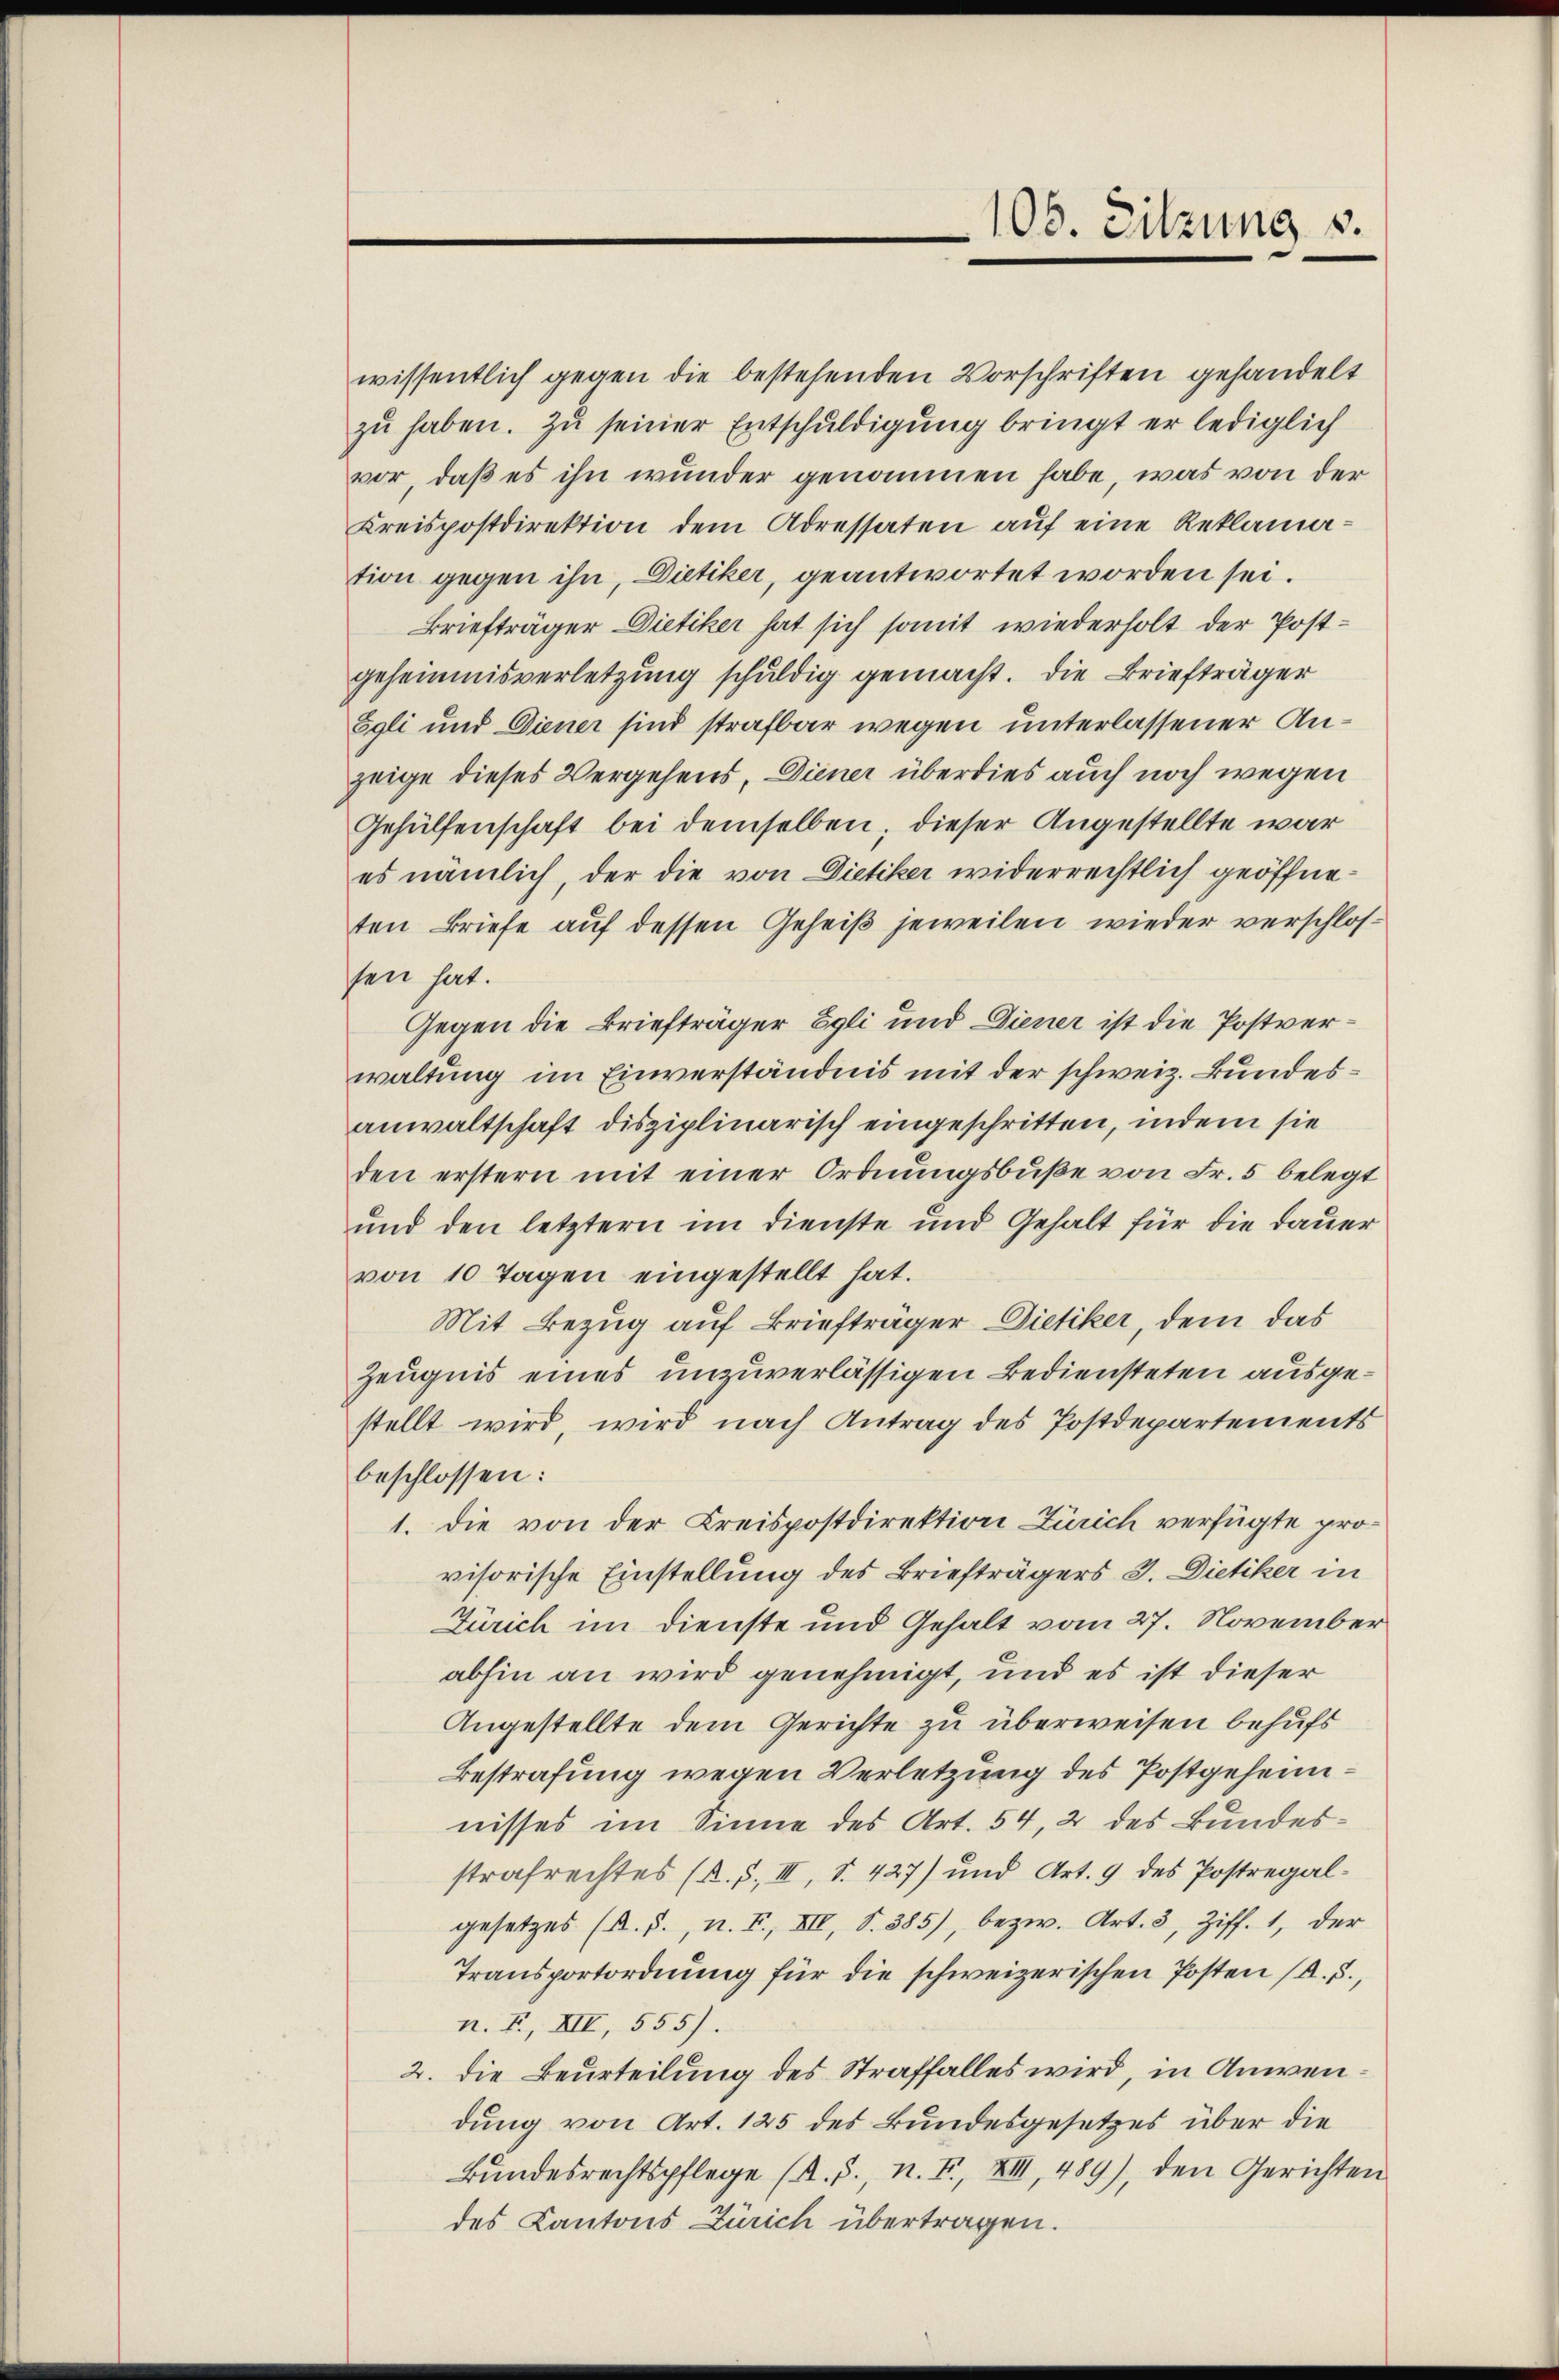
108. Sitzung 1.

wissentlich gegen die bestehenden Vorschriften gehandelt
zu haben. Zu seiner Entschuldigung bringt er lediglich
vor, daß es ihn wunder genommen habe, was von der
Kreispostdirektion dem Adressaten auf eine Reklamation gegen ihn, Dietiker, geantwortet worden sei.
Briefträger Dietiker hat sich somit wiederholt der Postgeheimnisverletzung schuldig gemacht. Die Briefträger
Egli und Diener sind strafbar wegen unterlassener Anzeige dieses Vergehens, Diener überdies auch noch wegen
Gehülfenschaft bei demselben; dieser Angestellte war
es nämlich, der die von Dietiker widerrechtlich geöffneten Briefe auf dessen Geheiß jeweilen wieder verschlossen hat.
Gegen die Briefträger Egli und Diener ist die Postverwaltung im Einverständnis mit der schweiz. Bundesanwaltschaft disziplinarisch eingeschritten, indem sie
den erstern mit einer Ordnŭngsbŭβe von Fr. 5 belegt
und den letztern im Dienste und Gehalt für die Dauer
von 10 Tagen eingestellt hat.
Mit Bezug auf Briefträger Dietiker, dem das
Zeugnis eines unzuverlässigen Bediensteten ausgestellt wird, wird nach Antrag des Postdepartements
beschlossen:
1. die von der Kreispostdirektion Zürich verfügte provisorische Einstellung des Briefträgers J. Dietiker in
Zürich im Dienste und Gehalt vom 27. November
abhin an wird genehmigt, und es ist dieser
Angestellte dem Gerichte zu überweisen behufs
Bestrafung wegen Verletzung des Postgeheimnisses im Sinne des Art. 54, 2 des Bundesstrafrechtes (R. 5. III, S. 427) und Art. 9 des Postregalgesetzes (A. S., n. F., XIII, S. 385), bezw. Art. 3, Ziff. 1, der
Transportordnung für die schweizerischen Posten (A. S.,
n. F. XII, 555).
2. die Beurteilung des Straffalles wird, in Anwendung von Art. 125 des Bundesgesetzes über die
Bundesrechtspflege (R. J., n. F. XIII, 489), den Gerichten
des Kantons Zürich übertragen.